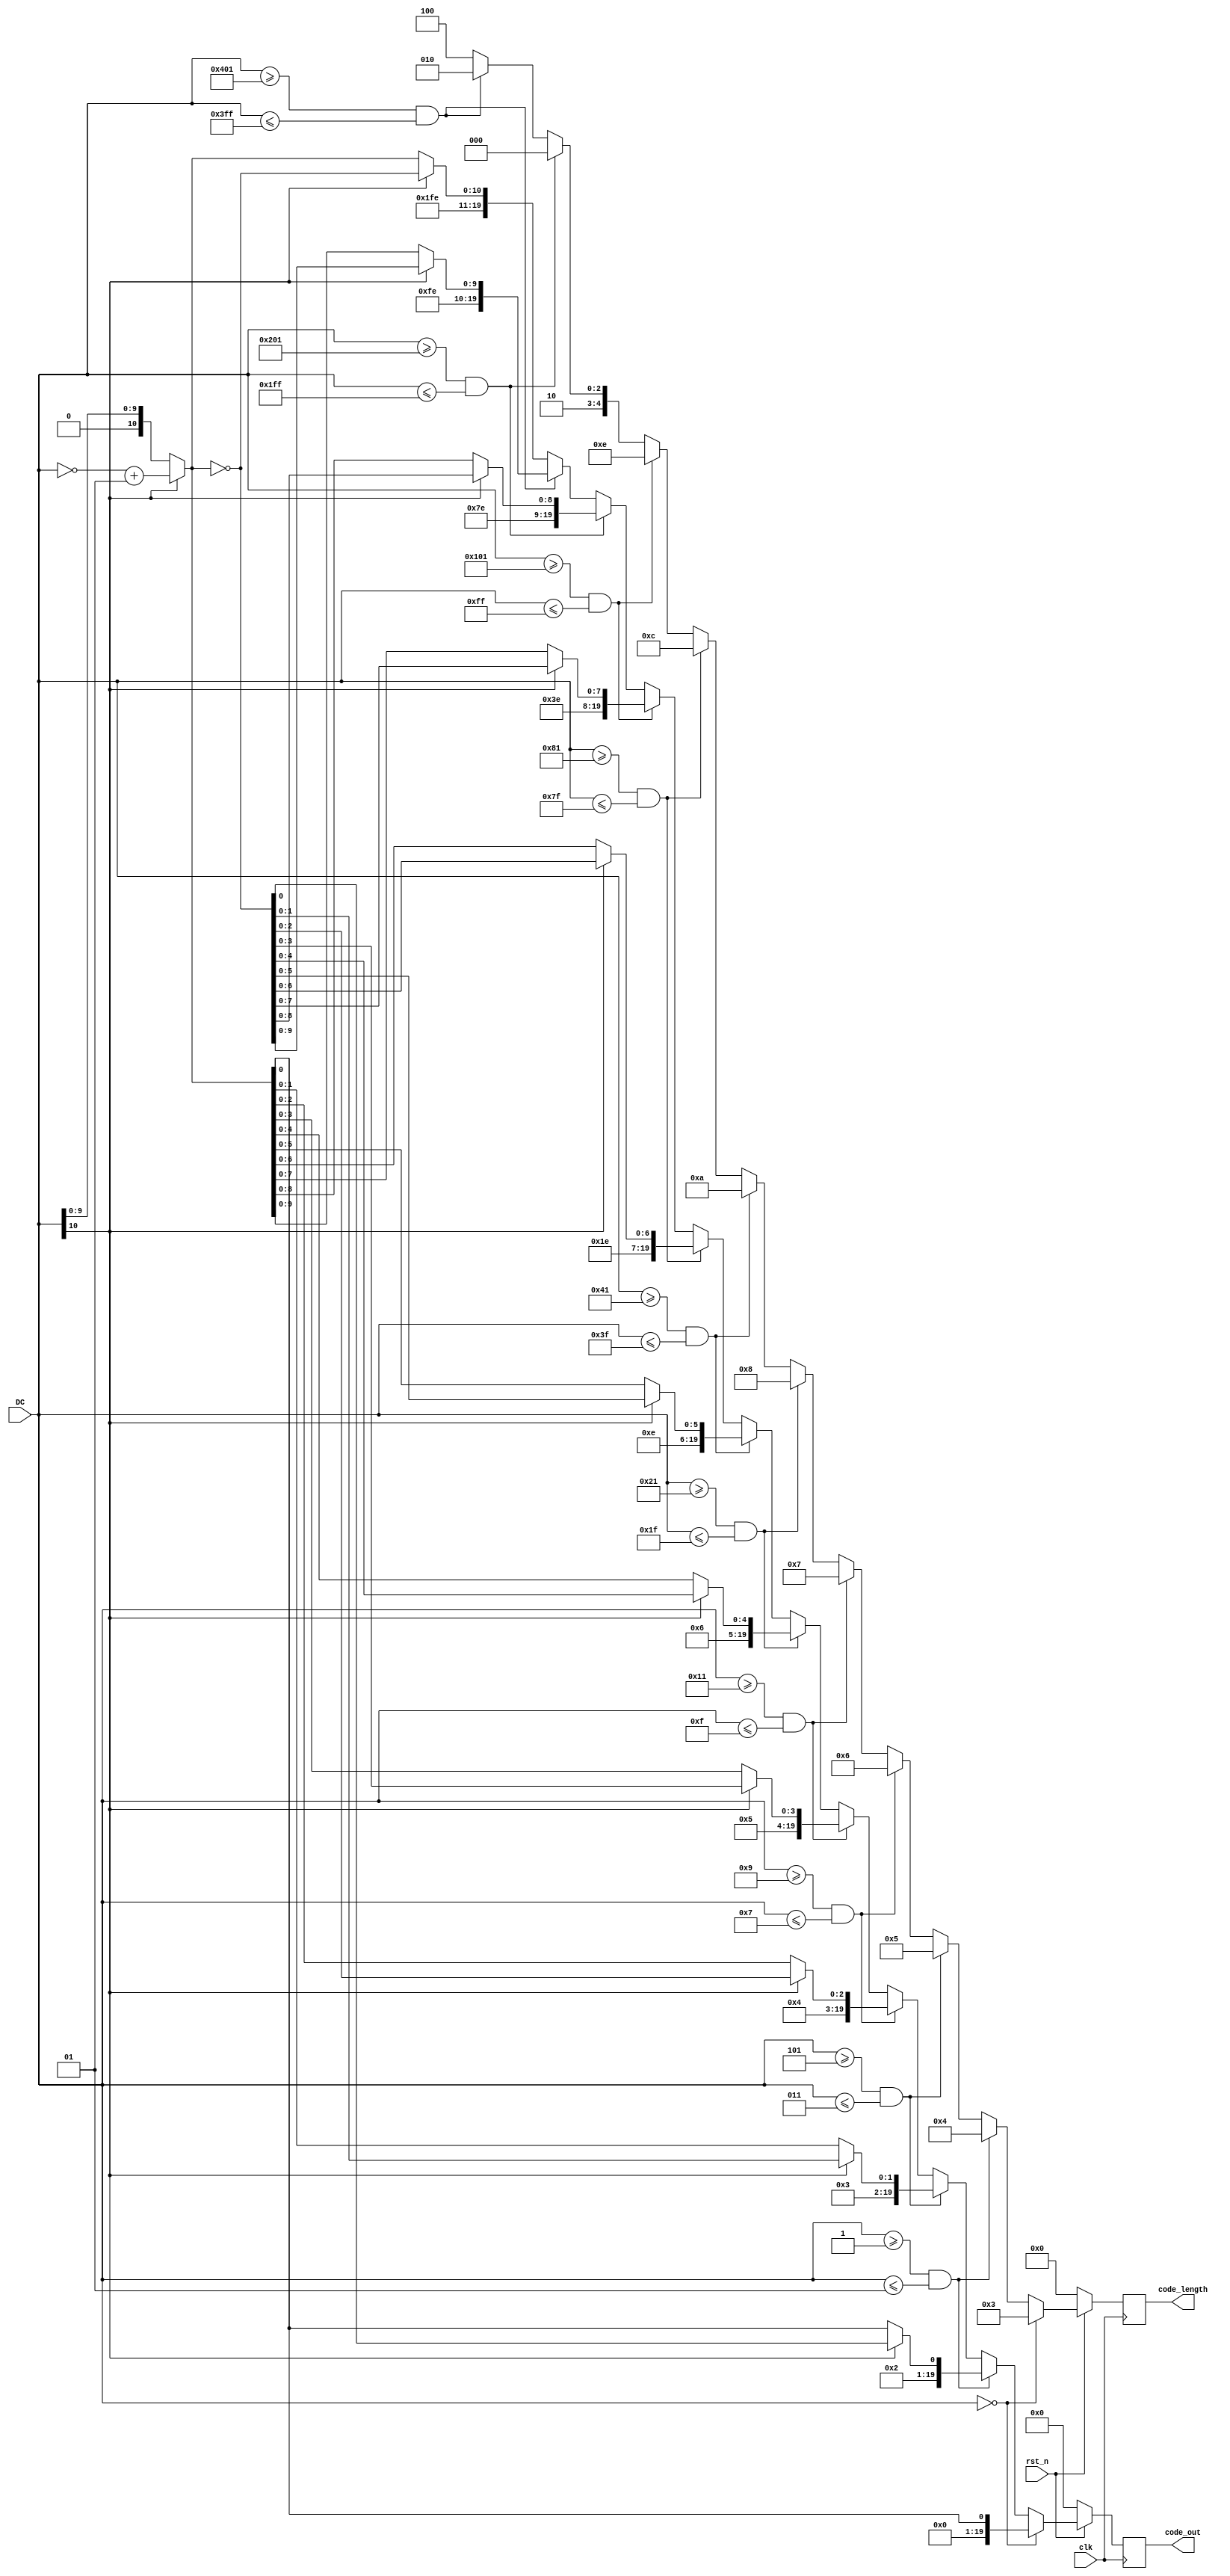
module huffman_DC(
    input clk,
    input rst_n,
    input signed [11-1:0] DC,

    output reg [5-1:0] code_length,
    output reg [20-1:0] code_out
);


reg [5-1:0] code_length_next;
reg [20-1:0] code_out_next;

wire [10:0] DC_abs;
wire [10:0] DC_abs_inv;

assign DC_abs = DC[10] ? (~DC + 1): DC;
assign DC_abs_inv = ~DC_abs;
//static huffman encoding
always @(*) begin
    if(DC == 1'b0) begin    //cat0
        code_length_next = 1 + 2;
        code_out_next = {{2'b00},DC_abs[0]};
    end
    else if(DC >= -1 && DC <= 1) begin  //cat1
        code_length_next = 1 + 3;
        code_out_next = DC[10] ? {{3'b010},DC_abs_inv[0]} :{{3'b010},DC_abs[0]};
    end
    else if(DC >= -3 && DC <= 3) begin  //cat2
        code_length_next = 2 + 3;
        code_out_next = DC[10] ? {{3'b011},DC_abs_inv[1:0]} :{{3'b011},DC_abs[1:0]};
    end
    else if(DC >= -7 && DC <= 7) begin  //cat3
        code_length_next = 3 + 3;
        code_out_next = DC[10] ? {{3'b100},DC_abs_inv[2:0]} :{{3'b100},DC_abs[2:0]};
    end
    else if(DC >= -15 && DC <= 15) begin    //cat4
        code_length_next = 4 + 3;
        code_out_next = DC[10] ? {{3'b101},DC_abs_inv[3:0]} :{{3'b101},DC_abs[3:0]};
    end
    else if(DC >= -31 && DC <= 31) begin    //cat5
        code_length_next = 5 + 3;
        code_out_next = DC[10] ? {{3'b110},DC_abs_inv[4:0]} :{{3'b110},DC_abs[4:0]};
    end
    else if(DC >= -63 && DC <= 63) begin    //cat6
        code_length_next = 6 + 4;
        code_out_next = DC[10] ? {{4'b1110},DC_abs_inv[5:0]} :{{4'b1110},DC_abs[5:0]};
    end
    else if(DC >= -127 && DC <= 127) begin  //cat7
        code_length_next = 7 + 5;
        code_out_next = DC[10] ? {{5'b11110},DC_abs_inv[6:0]} :{{5'b11110},DC_abs[6:0]};
    end
    else if(DC >= -255 && DC <= 255) begin  //cat8
        code_length_next = 8 + 6;
        code_out_next = DC[10] ? {{6'b111110},DC_abs_inv[7:0]} :{{6'b111110},DC_abs[7:0]};
    end
    else if(DC >= -511 && DC <= 511) begin  //cat9
        code_length_next = 9 + 7;
        code_out_next = DC[10] ? {{7'b1111110},DC_abs_inv[8:0]} :{{7'b1111110},DC_abs[8:0]};
    end
    else if(DC >= -1023 && DC <= 1023) begin    //cat10
        code_length_next = 10 + 8;
        code_out_next = DC[10] ? {{8'b11111110},DC_abs_inv[9:0]} :{{8'b11111110},DC_abs[9:0]};
    end
    else begin  //cat11
        code_length_next = 11 + 9;
        code_out_next = DC[10] ? {{9'b111111110},DC_abs_inv[10:0]} :{{9'b111111110},DC_abs[10:0]};
    end
end


always @(posedge clk) begin
    if(~rst_n) begin
        code_length <= 0;
        code_out <= 0;
    end
    else begin
        code_length <= code_length_next;
        code_out <= code_out_next;
    end
end
endmodule